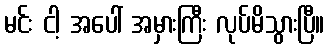
မင်း ငါ့ အပေါ် အမှားကြီး လုပ်မိသွားပြီ။